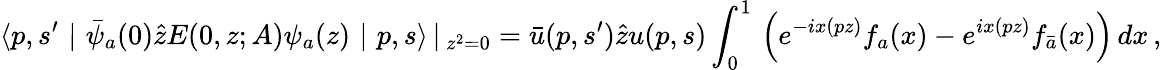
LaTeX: \langle p,s^{\prime}\, \, |\, \, \bar{\psi}_{a}(0)\hat{z}E(0,z;A)\psi_{a}(z)\, \, |\, \, p,s\rangle\, |\, _{z^{2}=0}=\bar{u}(p,s^{\prime})\hat{z}u(p,s)\int_{0}^{1}\, \left(e^{-ix(pz)}f_{a}(x)-e^{ix(pz)}f_{\bar{a}}(x)\right)\, dx\, ,